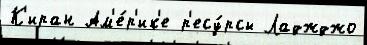
К'иран Ам'е́р'ик'е р'есу́рсы Ладжджо